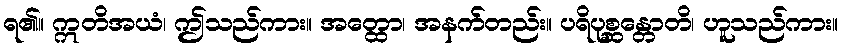
ရ၏။ ဣတိအယံ၊ ဤသည်ကား။ အတ္ထော၊ အနက်တည်း။ ပရိပုစ္ဆန္တောတိ၊ ဟူသည်ကား။